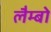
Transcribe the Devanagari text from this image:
लैम्बो